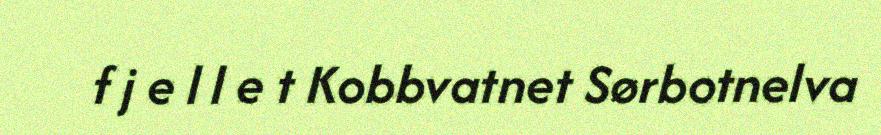
f j e l l e t Kobbvatnet Sørbotnelva